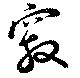
竅